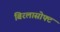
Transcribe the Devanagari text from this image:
बिरलासोफ्ट